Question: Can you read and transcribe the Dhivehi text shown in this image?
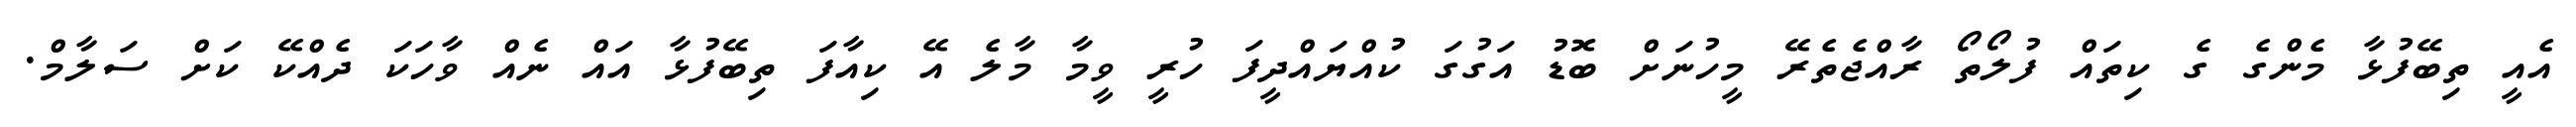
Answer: އެއީ ތިބޭފުޅާ މެންގެ ގެ ކިތައް ފުލޯތޯ ރާއްޖެތެރޭ މީހުނަށް ބޮޑު އަގުގަ ކުއްޔައްދީފަ ހުރީ ވީމާ މާލެ އޭ ކިއާފަ ތިބޭފުޅާ އައް ނެއް ވާހަކަ ދެއްކޭ ކަށް ސަލާމް.